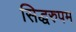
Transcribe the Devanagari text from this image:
सिद्धरुपम